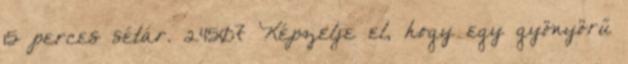
15 perces sétár. 24507 Képzelje el, hogy egy gyönyörű